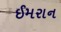
ઈમરાન